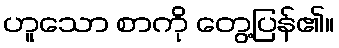
ဟူသော စာကို တွေ့ပြန်၏။